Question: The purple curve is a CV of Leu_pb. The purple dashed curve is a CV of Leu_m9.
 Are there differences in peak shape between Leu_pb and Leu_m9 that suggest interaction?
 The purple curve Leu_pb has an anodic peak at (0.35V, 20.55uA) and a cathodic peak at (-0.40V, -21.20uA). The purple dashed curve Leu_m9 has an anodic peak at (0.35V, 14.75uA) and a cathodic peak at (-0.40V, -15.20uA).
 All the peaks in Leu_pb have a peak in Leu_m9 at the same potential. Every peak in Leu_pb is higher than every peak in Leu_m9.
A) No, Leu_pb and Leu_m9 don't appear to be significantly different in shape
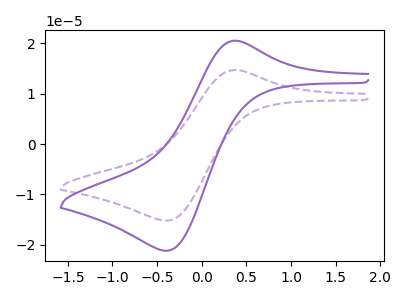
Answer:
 <answer>A) No, "Leu_pb" and "Leu_m9" don't appear to be significantly different in shape</answer>
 <eval>A</eval>